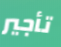
تأجير